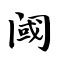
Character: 阈